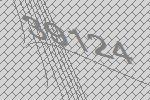
39124